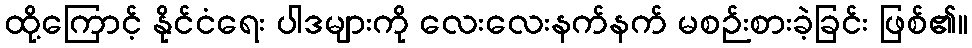
ထို့ကြောင့် နိုင်ငံရေး ပါဒများကို လေးလေးနက်နက် မစဉ်းစားခဲ့ခြင်း ဖြစ်၏။